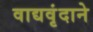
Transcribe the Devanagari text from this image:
वाद्यवृंदाने